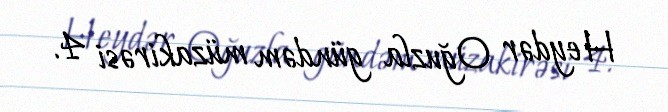
Heydər Oğuzla gündəm müzakirəsi 4.